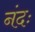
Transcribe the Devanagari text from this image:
नंदः